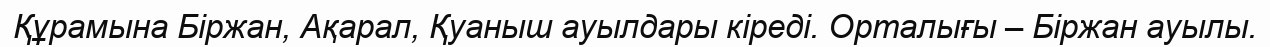
Құрамына Біржан, Ақарал, Қуаныш ауылдары кіреді. Орталығы – Біржан ауылы.